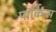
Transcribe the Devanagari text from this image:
पार्किन्स